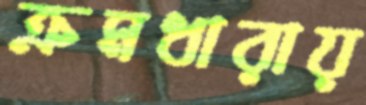
ক্রমধারায়